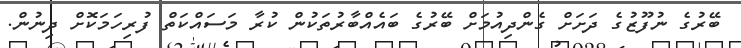
ބޭރުގެ ނުފޫޒުގެ ދަށަށް ގެންދިއުމަށް ބޭރުގެ ބައެއްބާރުތަކުން ކުރާ މަސައްކަތް ފުރިހަމަކޮށް ދިނުން.